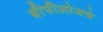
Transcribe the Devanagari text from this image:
बीपीओजचे